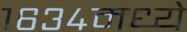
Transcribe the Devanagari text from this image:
१६३४मध्ये